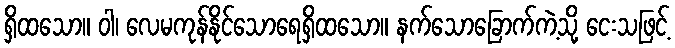
ရှိထသော။ ဝါ၊ လေမကုန်နိုင်သောရေရှိထသော။ နက်သောခြောက်ကဲ့သို့ ငေးသဖြင့်